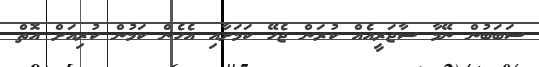
ސަބަބުން ނޭމާ ސާޖަރީއެއް ކުރަން ޖެހޭ ކަމަށާއި އެހެން ކަމުން ކުރިއަށް އޮތް